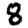
Digit: 8